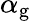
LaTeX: \alpha_{\mathrm{g}}